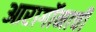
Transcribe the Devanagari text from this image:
आरागॉनाची